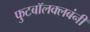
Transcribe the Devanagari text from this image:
फुटबॉलक्लबंनी